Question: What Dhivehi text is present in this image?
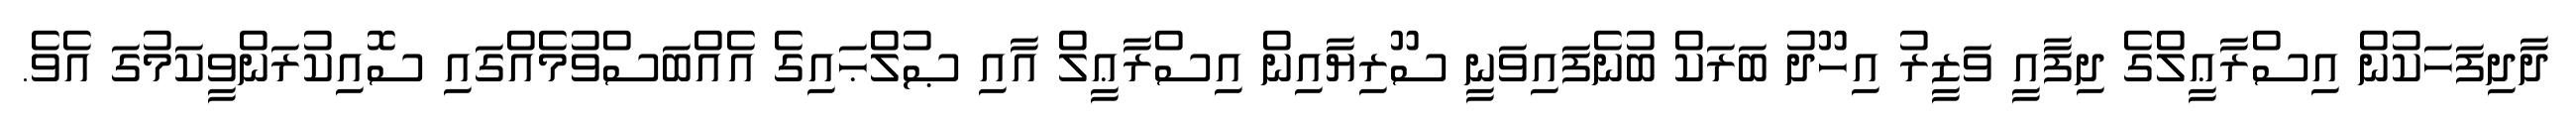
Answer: ދާދިފަހަކުން އިސްރާޢީލްގެ ދިފާއީ ވަޒީރު އިހޫދު ބަރަކް ބުނެފައިވަނީ ސޫރިޔާއިން އިސްރާޢީލް އާއި ޞުލްޙައިގެ އެއްބަސްވުމެއްގައި ސޮއިކުރަންވީކަމުގަ އެވެ.